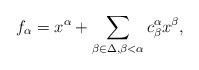
LaTeX: \begin{align*} f_\alpha = x^\alpha + \sum_{\beta \in \Delta, \beta < \alpha} c^\alpha_\beta x^\beta , \end{align*}